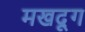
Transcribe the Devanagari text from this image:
मखदूग